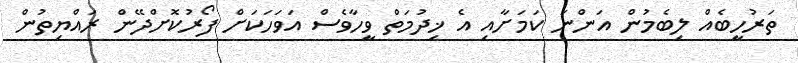
ތަރުހީބެއް ލިބެމުން އަންނަ ކަމަށާއި އެ ޚިދުމަތް ވީހާވެސް އަވަހަކަށް ފޯރުކޮށްދޭން ރައްޔިތުން